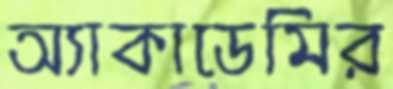
অ্যাকাডেমির